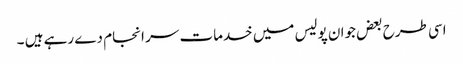
اسی طرح بعض جوان پولیس میں خدمات سر انجام دے رہے ہیں ۔